Report on sanitation, dispensaries, and jails in Rajputana for 1910, and on vaccination for the year 1910-1911 - 1910-1911
Year: 1910
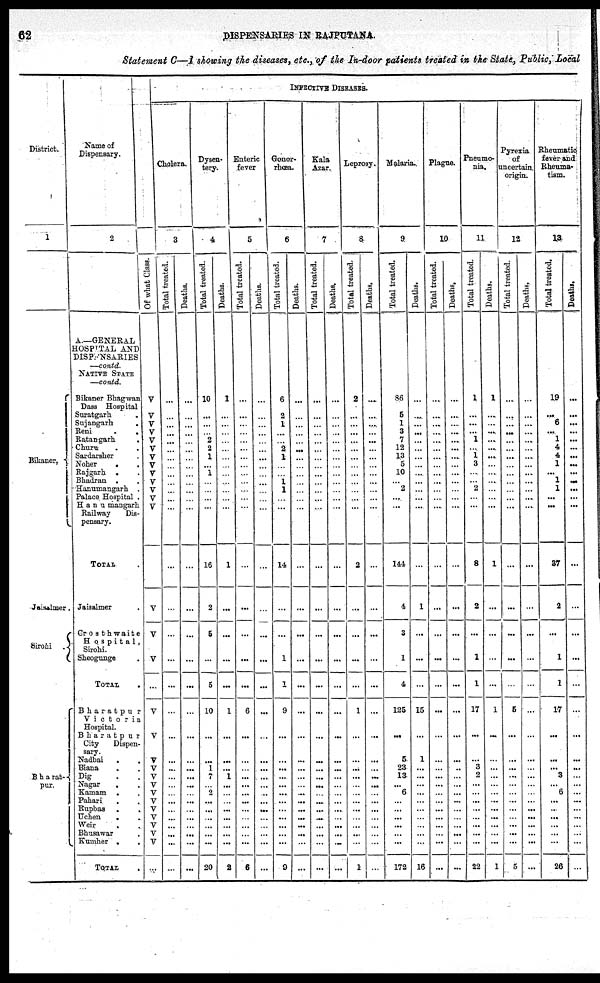
62
DISPENSARIES IN RAJPUTANA.
Statement C—I showing the diseases, etc., of the In-door patients treated in the State, Public, Local
District.
1
Bikaner.
Jaisalmer .
Sirohi
.
Bharat-
pur.
Name of
Dispensary.
2
A—GENERAL
HOSPITAL AND
DISPENSARIES
—contd.
NATIVE STATE
—contd.
Bikaner Bhagwan
Dass Hospital
Suratgarh . . .
Sujangarh . . .
Reni . . .
Ratangarh . . .
Churn . . .
Sardarsher . . .
Noher . . .
Rajgarh . . .
Bhadran . . .
Hanumangarh .
Palace Hospital .
Hanumangarh
Railway
Dis-
pensary.
TOTAL .
Jaisalmer .
Crosth waite
Hospital,
Sirochi.
Sheogunge .
TOTAL .
Bharatpur
Victoria
Hospital.
Bharatpur
City
Dispen-
sary.
Nadbai . . .
Biana . . .
Dig . . .
Nagar . . .
Kamam . . .
Pahari . . .
Rupbas . . .
Uchen . . .
Weir . . .
Bhusawar . . .
Kumher . . .
TOTAL .
INFECTIVE DISEASES.
Cholera.
3
Of what Claw.
V
V
V
V
V
V
V
V
V
V
V
V
V
...
V
V
V
...
V
V
V
V
V
V
V
V
V
V
V
V
V
...
Total treated.
...
...
...
...
...
...
...
...
...
...
...
...
...
...
...
...
...
...
...
...
...
...
...
...
...
...
...
...
...
...
...
...
Deaths.
...
...
...
...
...
...
...
...
...
...
...
...
...
...
...
...
...
...
...
...
...
...
...
...
...
...
...
...
...
...
...
...
Dysen-
tery.
4
Total treated.
10
...
...
...
2
2
1
...
1
...
...
...
...
16
2
5
...
5
10
...
...
1
7
...
2
...
...
...
...
...
...
20
Deaths.
1
...
...
...
...
...
...
...
...
...
...
...
...
1
...
...
...
...
1
...
...
...
1
...
...
...
...
...
...
...
...
2
Enteric
fever
5
Total treated.
...
...
...
...
...
...
...
...
...
...
...
...
...
...
...
...
...
...
6
...
...
...
...
...
...
...
...
...
...
...
...
6
Deaths.
...
...
...
...
...
...
...
...
...
...
...
...
...
...
...
...
...
...
...
...
...
...
...
...
...
...
...
...
...
...
...
...
Gonor-
rhœa.
6
Total treated.
6
2
1
...
...
2
1
...
...
1
1
...
...
14
...
...
1
1
9
...
...
...
...
...
...
...
...
...
...
...
...
9
Deaths.
...
...
...
...
...
...
...
...
...
...
...
...
...
...
...
...
...
...
...
...
...
...
...
...
...
...
...
...
...
...
...
...
Kala
Azar.
7
Total treated.
...
...
...
...
...
...
...
...
...
...
...
...
...
...
...
...
...
...
...
...
...
...
...
...
...
...
...
...
...
...
...
...
Deaths.
...
...
...
...
...
...
...
...
...
...
...
...
...
...
...
...
...
...
...
...
...
...
...
...
...
...
...
...
...
...
...
...
Leprosy.
8
Total treated.
2
...
...
...
...
...
...
...
...
...
...
...
...
2
...
...
...
...
1
...
...
...
...
...
...
...
...
...
...
...
...
1
Deaths.
...
...
...
...
...
...
...
...
...
...
...
...
...
...
...
...
...
...
...
...
...
...
...
...
...
...
...
...
...
...
...
...
Malaria.
9
Total treated.
86
5
1
3
7
12
13
5
10
...
2
...
...
144
4
3
1
4
125
...
6
23
13
...
6
...
...
...
...
...
...
172
Deaths.
...
...
...
...
...
...
...
...
...
...
...
...
...
...
1
...
...
...
15
...
1
...
...
...
...
...
...
...
...
...
...
16
Plague.
10
Total treated.
...
...
...
...
...
...
...
...
...
...
...
...
...
...
...
...
...
...
...
...
...
...
...
...
...
...
...
...
...
...
...
...
Deaths.
...
...
...
...
...
...
...
...
...
...
...
...
...
...
...
...
...
...
...
...
...
...
...
...
...
...
...
...
...
...
...
...
Pneumo-
nia.
11
Total treated.
1
...
...
...
1
...
1
3
...
...
2
...
...
8
2
...
1
1
17
...
...
3
2
...
...
...
...
...
...
...
...
22
Deaths.
1
...
...
...
...
...
...
...
...
...
...
...
...
1
...
...
...
...
1
...
...
...
...
...
...
...
...
...
...
...
...
1
Pyrexia
of
uncertain
origin.
12
Total treated.
...
...
...
...
...
...
...
...
...
...
...
...
...
...
...
...
...
...
5
...
...
...
...
...
...
...
...
...
...
...
...
5
Deaths.
...
...
...
...
...
...
...
...
...
...
...
...
...
...
...
...
...
...
...
...
...
...
...
...
...
...
...
...
...
...
...
...
Rheumatic
fever and
Rheuma-
tism.
13
Total treated.
19
...
6
...
1
4
4
1
...
1
1
...
...
37
2
...
1
1
17
...
...
...
3
...
6
...
...
...
...
...
...
26
Deaths.
...
...
...
...
...
...
...
...
...
...
...
...
...
...
...
...
...
...
...
...
...
...
...
...
...
...
...
...
...
...
...
...